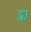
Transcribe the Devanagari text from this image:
ट्का